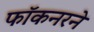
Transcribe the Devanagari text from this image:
फॉकनरने